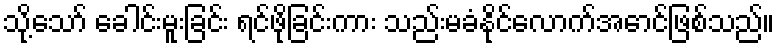
သို့သော် ခေါင်းမူးခြင်း ရင်ဖိုခြင်းကား သည်းမခံနိုင်လောက်အောင်ဖြစ်သည်။